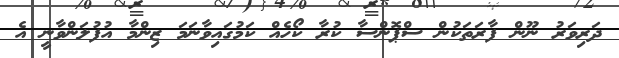
ދަރިވަރު ނޫން ފާރަތަކުން ސްޕޮންސާ ކުރާ ކޯހެއް ކަމުގައިވާނަމަ ޒިންމާ އުފުލަންވާނީ އެ